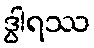
ဒွါရဿ